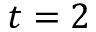
t = 2